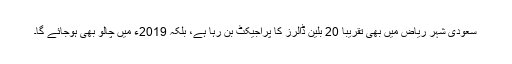
سعودی شہر ریاض میں بھی تقریباً 20 بلین ڈالرز کا پراجیکٹ بن رہا ہے، بلکہ 2019ء میں چالو بھی ہوجائے گا۔